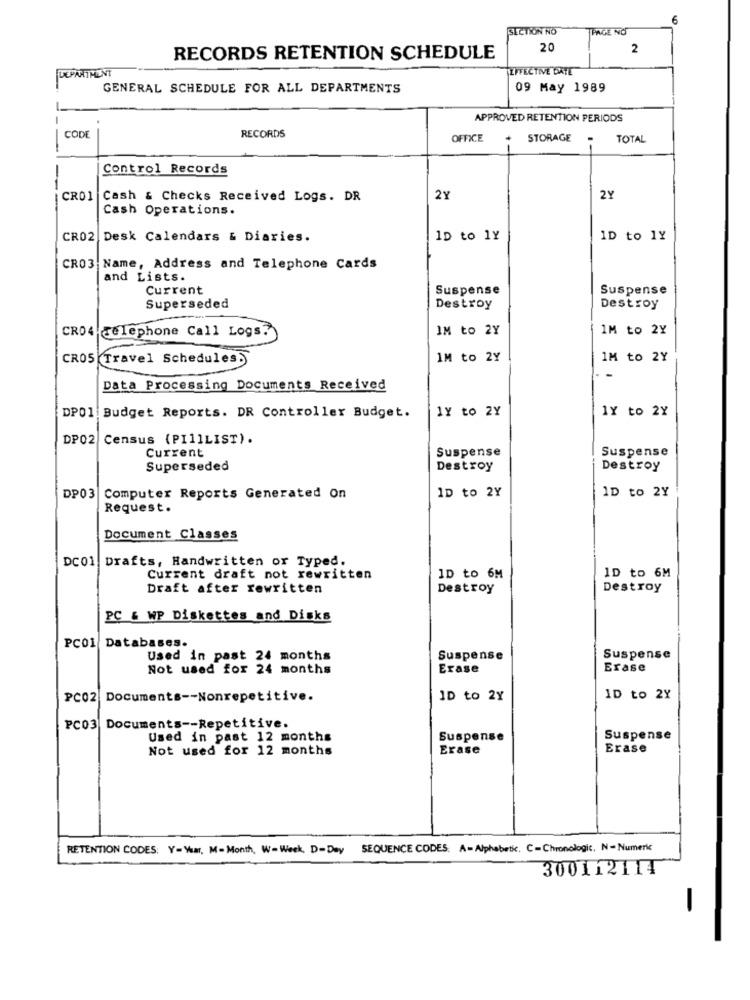
6
SECTION NO
PAGE NO
20
2
RECORDS RETENTION SCHEDULE
EFFECTIVE DATE
DEPARTMENT
GENERAL SCHEDULE FOR ALL DEPARTMENTS
09 May 1989
APPROVED RETENTION PERIODS
RECORDS
CODE
OFFICE
STORAGE
TOTAL
Control Records
--
CRO1 Cash & Checks Received Logs. DR
2Y
2Y
Cash Operations.
CR02 Desk Calendars & Diaries.
1D to ly
1D to ly
CR03 Name, Address and Telephone Cards
and Lists.
Current
Suspense
Suspense
Superseded
Destroy
Destroy
IM to 2Y
IM to 2Y
CRO4 Telephone Call Logs.
CR05 Travel Schedules5
IM to 2Y
IM to 2Y
-
Data Processing Documents Received
1Y to 2Y
1Y to 2Y
DPO1. Budget Reports. DR Controller Budget.
DP02 Census (PI11LIST).
Current
Suspense
Suspense
Superseded
Destroy
Destroy
ID to 2Y
1D to 2Y
DP03 Computer Reports Generated On
Request.
Document Classes
DC01 Drafts, Handwritten or Typed.
Current draft not rewritten
ID to 6M
ID to 6M
Draft after rewritten
Destroy
Destroy
PC & WP Diskettes and Disks
PC01 Databases.
Used in past 24 months
Suspense
Suspense
Not used for 24 months
Erase
Erase
PC02 Documents -- Nonrepetitive.
ID to 2Y
ID to 2Y
PC03 Documents -- Repetitive.
Used in past 12 months
Suspense
Suspense
Not used for 12 months
Erase
Erase
RETENTION CODES: Y-Your, M-Month, W-Week, D-Day
SEQUENCE CODES: A- Alphabetic, C-Chronologic, N- Numeric
300112114